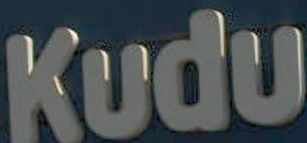
Kudu